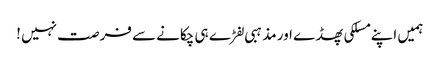
ہمیں اپنے مسلکی پھڈے اور مذہبی لفڑے ہی چکانے سے فرصت نہیں !